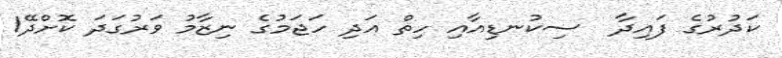
ކަދުރުގެ ފައިދާ  ސިކުނޑިއާއި ހިތް އަދި ހަޖަމުގެ ނިޒާމު ވަރުގަދަ ކޮށްދޭ1